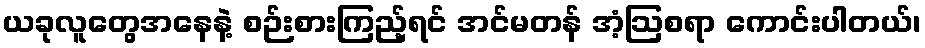
ယခုလူတွေအနေနဲ့ စဉ်းစားကြည့်ရင် အင်မတန် အံ့ဩစရာ ကောင်းပါတယ်၊